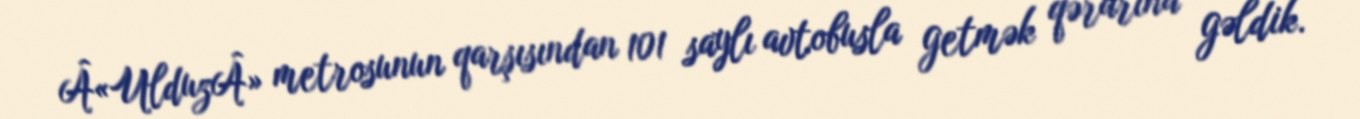
Â«UlduzÂ» metrosunun qarşısından 101 saylı avtobusla getmək qərarına gəldik.